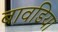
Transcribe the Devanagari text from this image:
बावडिया